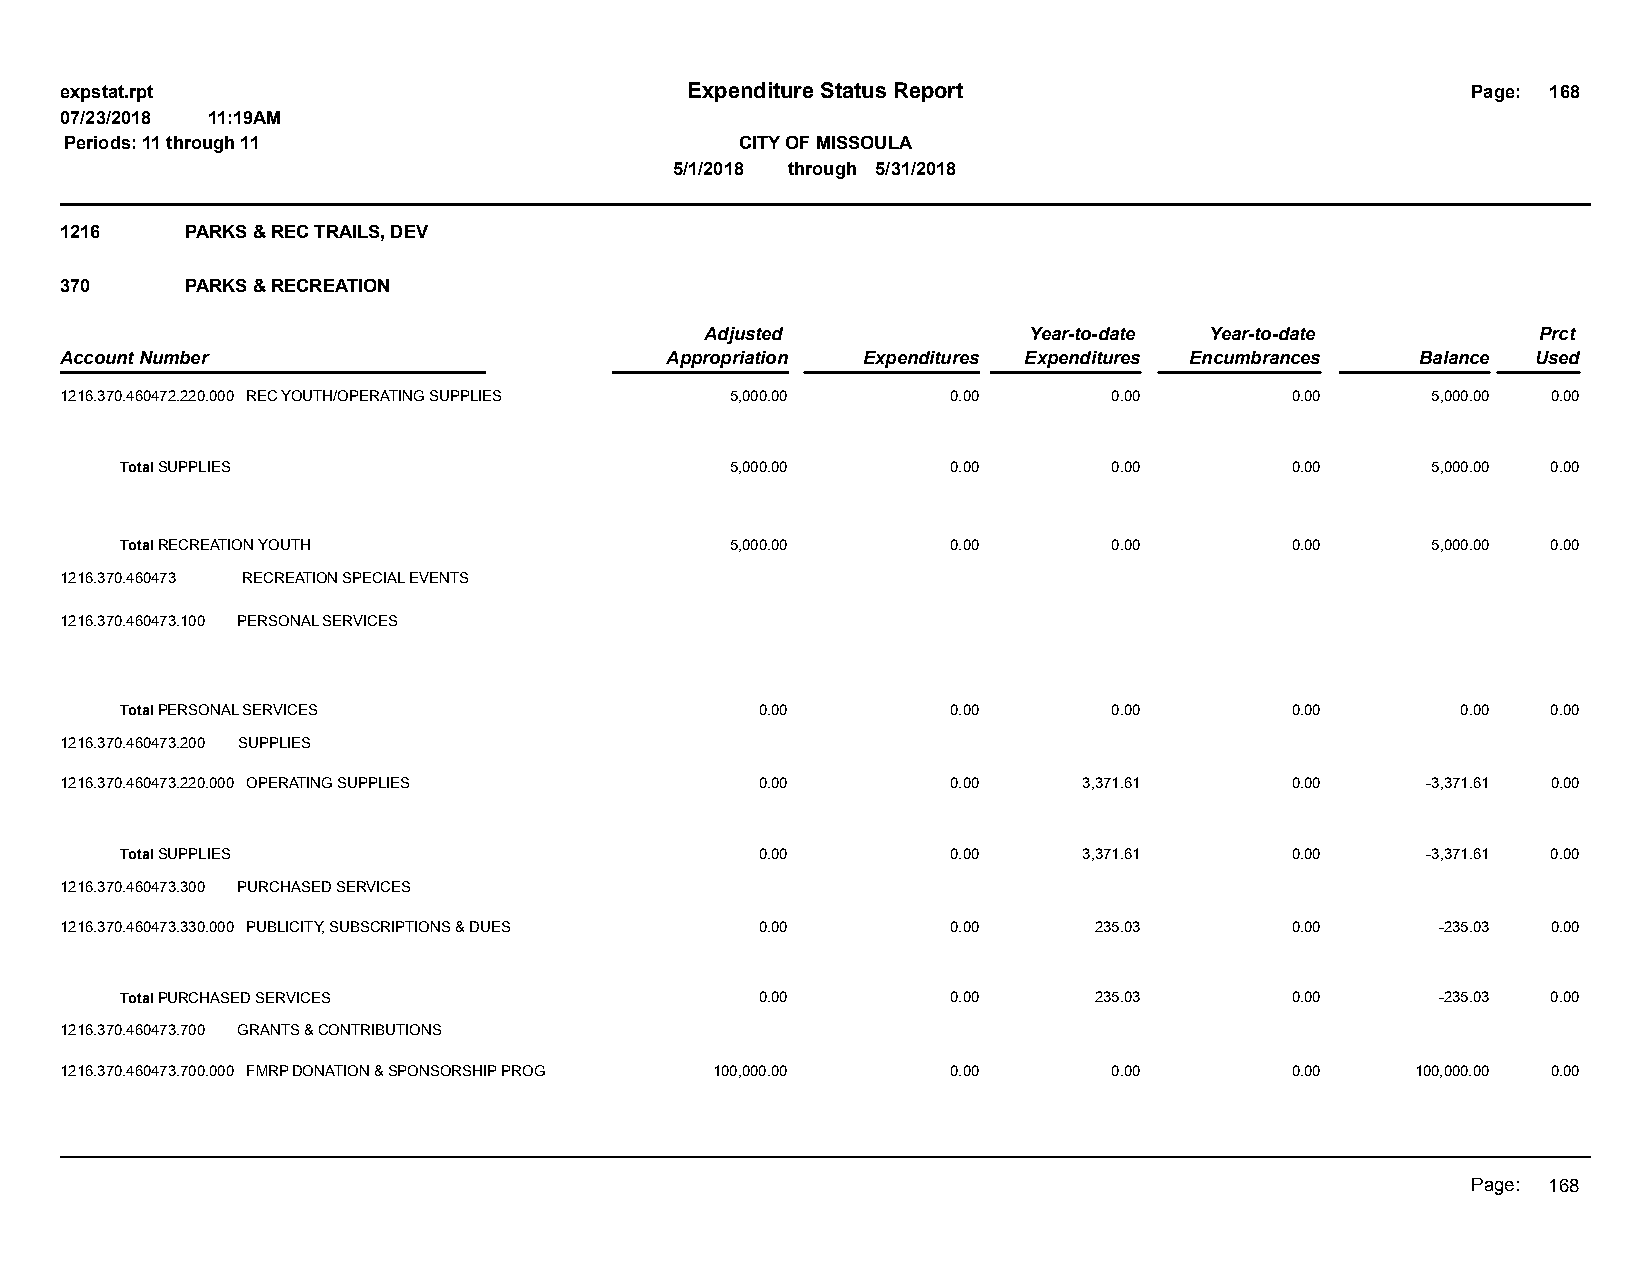
expstat.rpt                              Expenditure Status Report                           Page: 168
 07/23/2018 11:19AM
 Periods: 11 through 11                       CITY OF MISSOULA
 5/1/2018 through 5/31/2018
 1216    PARKS & REC TRAILS, DEV
 370     PARKS & RECREATION
 Adjusted             Year-to-date Year-to-date         Prct
 Account Number                          Appropriation Expenditures Expenditures Encumbrances Balance Used
 1216.370.460472.220.000 REC YOUTH/OPERATING SUPPLIES 5,000.00 0.00    0.00       0.00      5,000.00 0.00
 Total SUPPLIES                          5,000.00       0.00       0.00       0.00      5,000.00 0.00
 Total RECREATION YOUTH                  5,000.00       0.00       0.00       0.00      5,000.00 0.00
 1216.370.460473 RECREATION SPECIAL EVENTS
 1216.370.460473.100 PERSONAL SERVICES
 Total PERSONAL SERVICES                   0.00         0.00       0.00       0.00        0.00  0.00
 1216.370.460473.200 SUPPLIES
 1216.370.460473.220.000 OPERATING SUPPLIES    0.00         0.00     3,371.61     0.00     -3,371.61 0.00
 Total SUPPLIES                            0.00         0.00     3,371.61     0.00     -3,371.61 0.00
 1216.370.460473.300 PURCHASED SERVICES
 1216.370.460473.330.000 PUBLICITY, SUBSCRIPTIONS & DUES 0.00 0.00   235.03       0.00      -235.03 0.00
 Total PURCHASED SERVICES                  0.00         0.00     235.03       0.00      -235.03 0.00
 1216.370.460473.700 GRANTS & CONTRIBUTIONS
 1216.370.460473.700.000 FMRP DONATION & SPONSORSHIP PROG 100,000.00 0.00 0.00    0.00     100,000.00 0.00
 Page: 168